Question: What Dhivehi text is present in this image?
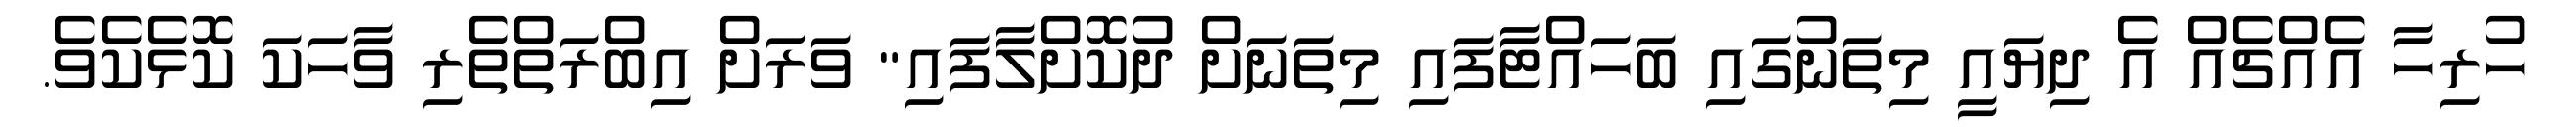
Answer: ހުރިހާ އެއްޗެއް އެ ދިޔައީ މިތަނުގައި ބަހައްޓާފައި މިތަނަށް ދުކޮށްލާފައި" ވަރަށް އިބްރަތްތެރި ވާހަކަ ކޮޅެކެވެ.